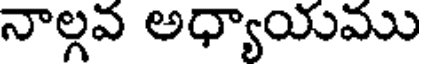
నాల్గవ అధ్యాయము